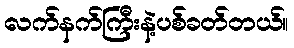
လက်နက်ကြီးနဲ့ပစ်ခတ်တယ်။